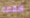
النقطه